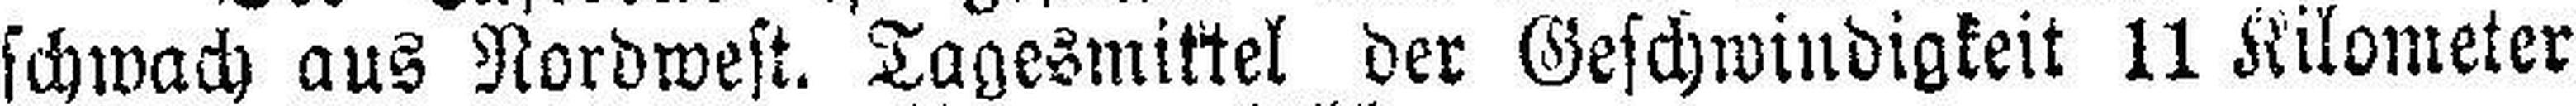
schwach aus Nordwest. Tagesmittel der Geschwindigkeit 11 Kilometer